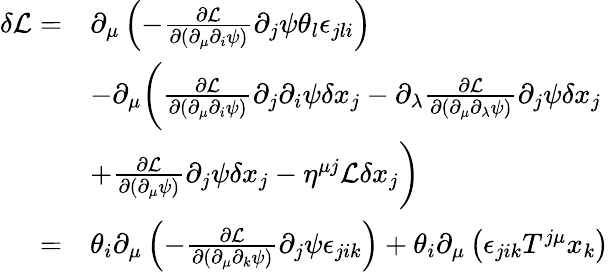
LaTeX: \begin{array}{rl}{\delta\mathcal{L}=}&{\partial_{\mu}\left(-\frac{\partial\mathcal{L}}{\partial(\partial_{\mu}\partial_{i}\psi)}\partial_{j}\psi\theta_{l}\epsilon_{jli}\right)}\\ &{-\partial_{\mu}\bigg(\frac{\partial\mathcal{L}}{\partial(\partial_{\mu}\partial_{i}\psi)}\partial_{j}\partial_{i}\psi\delta x_{j}-\partial_{\lambda}\frac{\partial\mathcal{L}}{\partial(\partial_{\mu}\partial_{\lambda}\psi)}\partial_{j}\psi\delta x_{j}}\\ &{+\frac{\partial\mathcal L}{\partial(\partial_{\mu}\psi)}\partial_{j}\psi\delta x_{j}-\eta^{\mu j}\mathcal{L}\delta x_{j}\bigg)}\\ {=}&{\theta_{i}\partial_{\mu}\left(-\frac{\partial\mathcal{L}}{\partial(\partial_{\mu}\partial_{k}\psi)}\partial_{j}\psi\epsilon_{jik}\right)+\theta_{i}\partial_{\mu}\left(\epsilon_{jik}T^{j\mu}x_{k}\right)}\end{array}